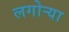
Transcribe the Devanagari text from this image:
लगोर्‍या